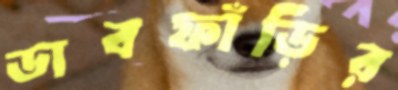
ডাবফাঁড়ির